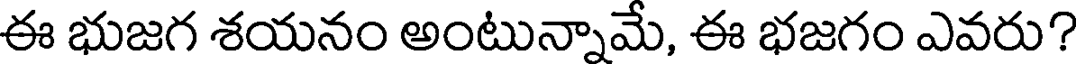
ఈ భుజగ శయనం అంటున్నామే, ఈ భజగం ఎవరు?